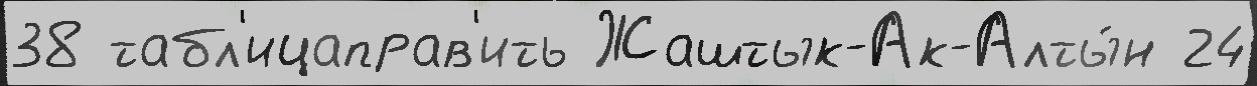
38 табл'ицаправ'ить Жаштык-Ак-Алты́н 24